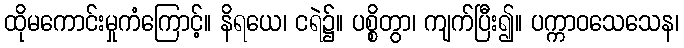
ထိုမကောင်းမှုကံကြောင့်။ နိရယေ၊ ငရဲ၌။ ပစ္စိတွာ၊ ကျက်ပြီး၍။ ပက္ကာဝသေသေန၊